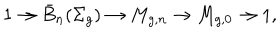
1 \to \bar { B } _ { n } ( \Sigma _ { g } ) \to M _ { g , n } \to M _ { g , 0 } \to 1 ,